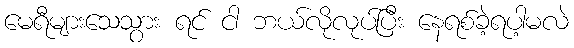
မေရီများသေသွား ရင် ငါ ဘယ်လိုလုပ်ပြီး နေရစ်ခဲ့ရပါ့မလဲ